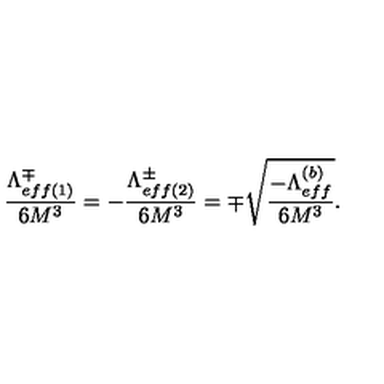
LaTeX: \frac { \Lambda _ { e f f ( 1 ) } ^ { \mp } } { 6 M ^ { 3 } } = - \frac { \Lambda _ { e f f ( 2 ) } ^ { \pm } } { 6 M ^ { 3 } } = \mp \sqrt { \frac { - \Lambda _ { e f f } ^ { ( b ) } } { 6 M ^ { 3 } } } .